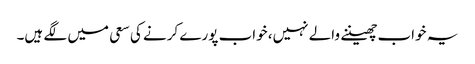
یہ خواب چھیننے والے نہیں، خواب پورے کرنے کی سعی میں لگے ہیں۔